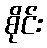
စိုင်း